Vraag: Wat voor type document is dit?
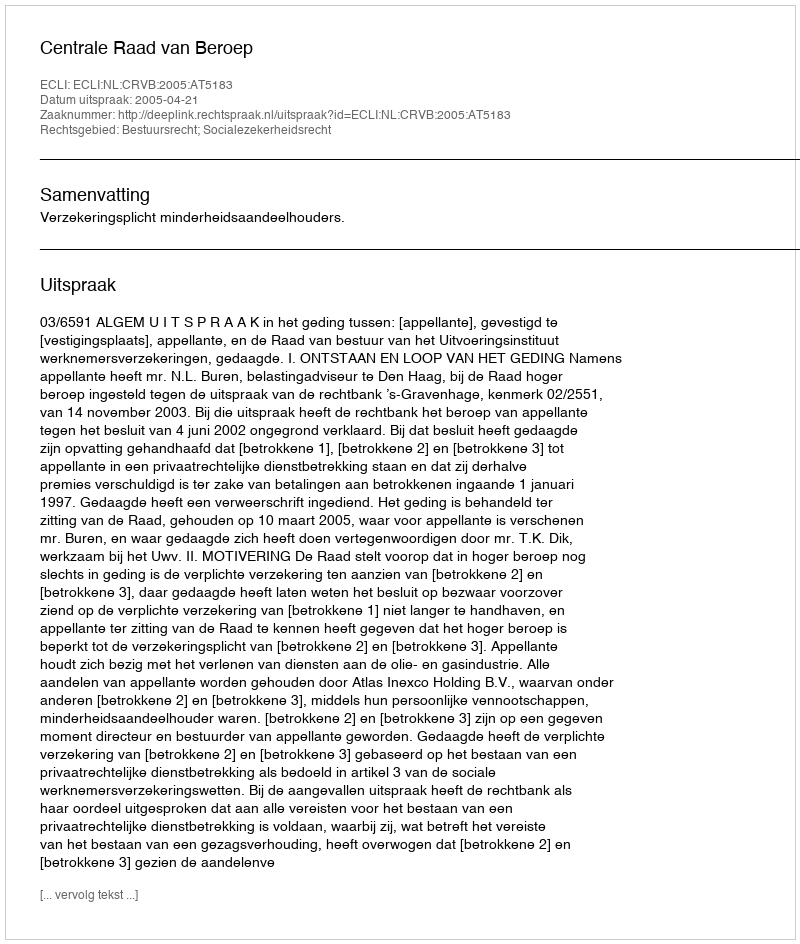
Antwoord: Uitspraak